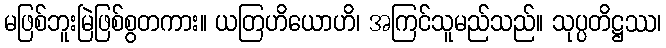
မဖြစ်ဘူးမြဲဖြစ်စွတကား။ ယတြဟိယောဟိ၊ အကြင်သူမည်သည်။ သုပ္ပတိဋ္ဌဿ၊